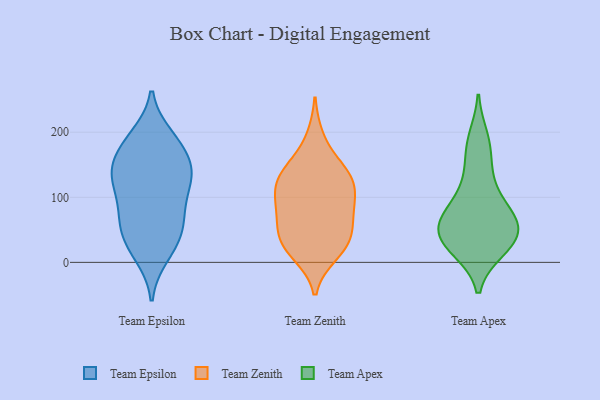
{"axis": {"x": "Budget (USD K)", "y": "Value"}, "legend": ["Team Apex", "Team Epsilon", "Team Zenith"], "data": [{"x": "", "y": 20, "type": "Team Epsilon"}, {"x": "", "y": 126, "type": "Team Epsilon"}, {"x": "", "y": 85, "type": "Team Epsilon"}, {"x": "", "y": 11, "type": "Team Epsilon"}, {"x": "", "y": 185, "type": "Team Epsilon"}, {"x": "", "y": 127, "type": "Team Epsilon"}, {"x": "", "y": 43, "type": "Team Epsilon"}, {"x": "", "y": 57, "type": "Team Epsilon"}, {"x": "", "y": 86, "type": "Team Epsilon"}, {"x": "", "y": 132, "type": "Team Epsilon"}, {"x": "", "y": 193, "type": "Team Epsilon"}, {"x": "", "y": 171, "type": "Team Epsilon"}, {"x": "", "y": 143, "type": "Team Epsilon"}, {"x": "", "y": 41, "type": "Team Epsilon"}, {"x": "", "y": 184, "type": "Team Epsilon"}, {"x": "", "y": 140, "type": "Team Epsilon"}, {"x": "", "y": 70, "type": "Team Epsilon"}, {"x": "", "y": 135, "type": "Team Epsilon"}, {"x": "", "y": 104, "type": "Team Zenith"}, {"x": "", "y": 34, "type": "Team Zenith"}, {"x": "", "y": 80, "type": "Team Zenith"}, {"x": "", "y": 48, "type": "Team Zenith"}, {"x": "", "y": 12, "type": "Team Zenith"}, {"x": "", "y": 122, "type": "Team Zenith"}, {"x": "", "y": 96, "type": "Team Zenith"}, {"x": "", "y": 36, "type": "Team Zenith"}, {"x": "", "y": 192, "type": "Team Zenith"}, {"x": "", "y": 31, "type": "Team Zenith"}, {"x": "", "y": 129, "type": "Team Zenith"}, {"x": "", "y": 137, "type": "Team Zenith"}, {"x": "", "y": 139, "type": "Team Zenith"}, {"x": "", "y": 70, "type": "Team Zenith"}, {"x": "", "y": 15, "type": "Team Zenith"}, {"x": "", "y": 109, "type": "Team Zenith"}, {"x": "", "y": 151, "type": "Team Zenith"}, {"x": "", "y": 71, "type": "Team Zenith"}, {"x": "", "y": 191, "type": "Team Apex"}, {"x": "", "y": 55, "type": "Team Apex"}, {"x": "", "y": 73, "type": "Team Apex"}, {"x": "", "y": 20, "type": "Team Apex"}, {"x": "", "y": 138, "type": "Team Apex"}, {"x": "", "y": 109, "type": "Team Apex"}, {"x": "", "y": 84, "type": "Team Apex"}, {"x": "", "y": 20, "type": "Team Apex"}, {"x": "", "y": 37, "type": "Team Apex"}, {"x": "", "y": 174, "type": "Team Apex"}, {"x": "", "y": 66, "type": "Team Apex"}, {"x": "", "y": 31, "type": "Team Apex"}, {"x": "", "y": 56, "type": "Team Apex"}, {"x": "", "y": 45, "type": "Team Apex"}]}